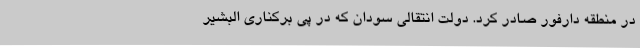
در منطقه دارفور صادر کرد. دولت انتقالی سودان که در پی برکناری البشیر